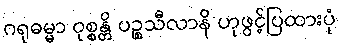
ဂရုဓမ္မာ ဝုစ္စန္တိ ပဉ္စသီလာနိ ဟုဖွင့်ပြထားပုံ